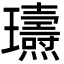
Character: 瓙